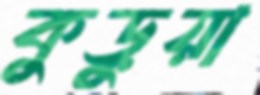
কুড়ুয়া